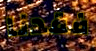
فقدنا